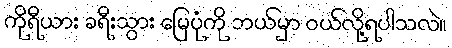
ကိုရီယား ခရီးသွား မြေပုံကို ဘယ်မှာ ဝယ်လို့ရပါသလဲ။